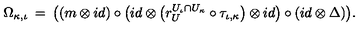
\Omega _ { \kappa , \iota } \: = \: \big ( ( m \otimes i d ) \circ \big ( i d \otimes \big ( r _ { U } ^ { U _ { \iota } \cap U _ { \kappa } } \circ \tau _ { \iota , \kappa } \big ) \otimes i d \big ) \circ ( i d \otimes \Delta ) \big ) .